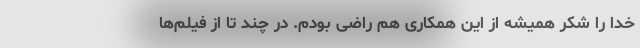
خدا را شکر همیشه از این همکاری هم راضی بودم. در چند تا از فیلم‌ها